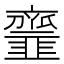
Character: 𩐐